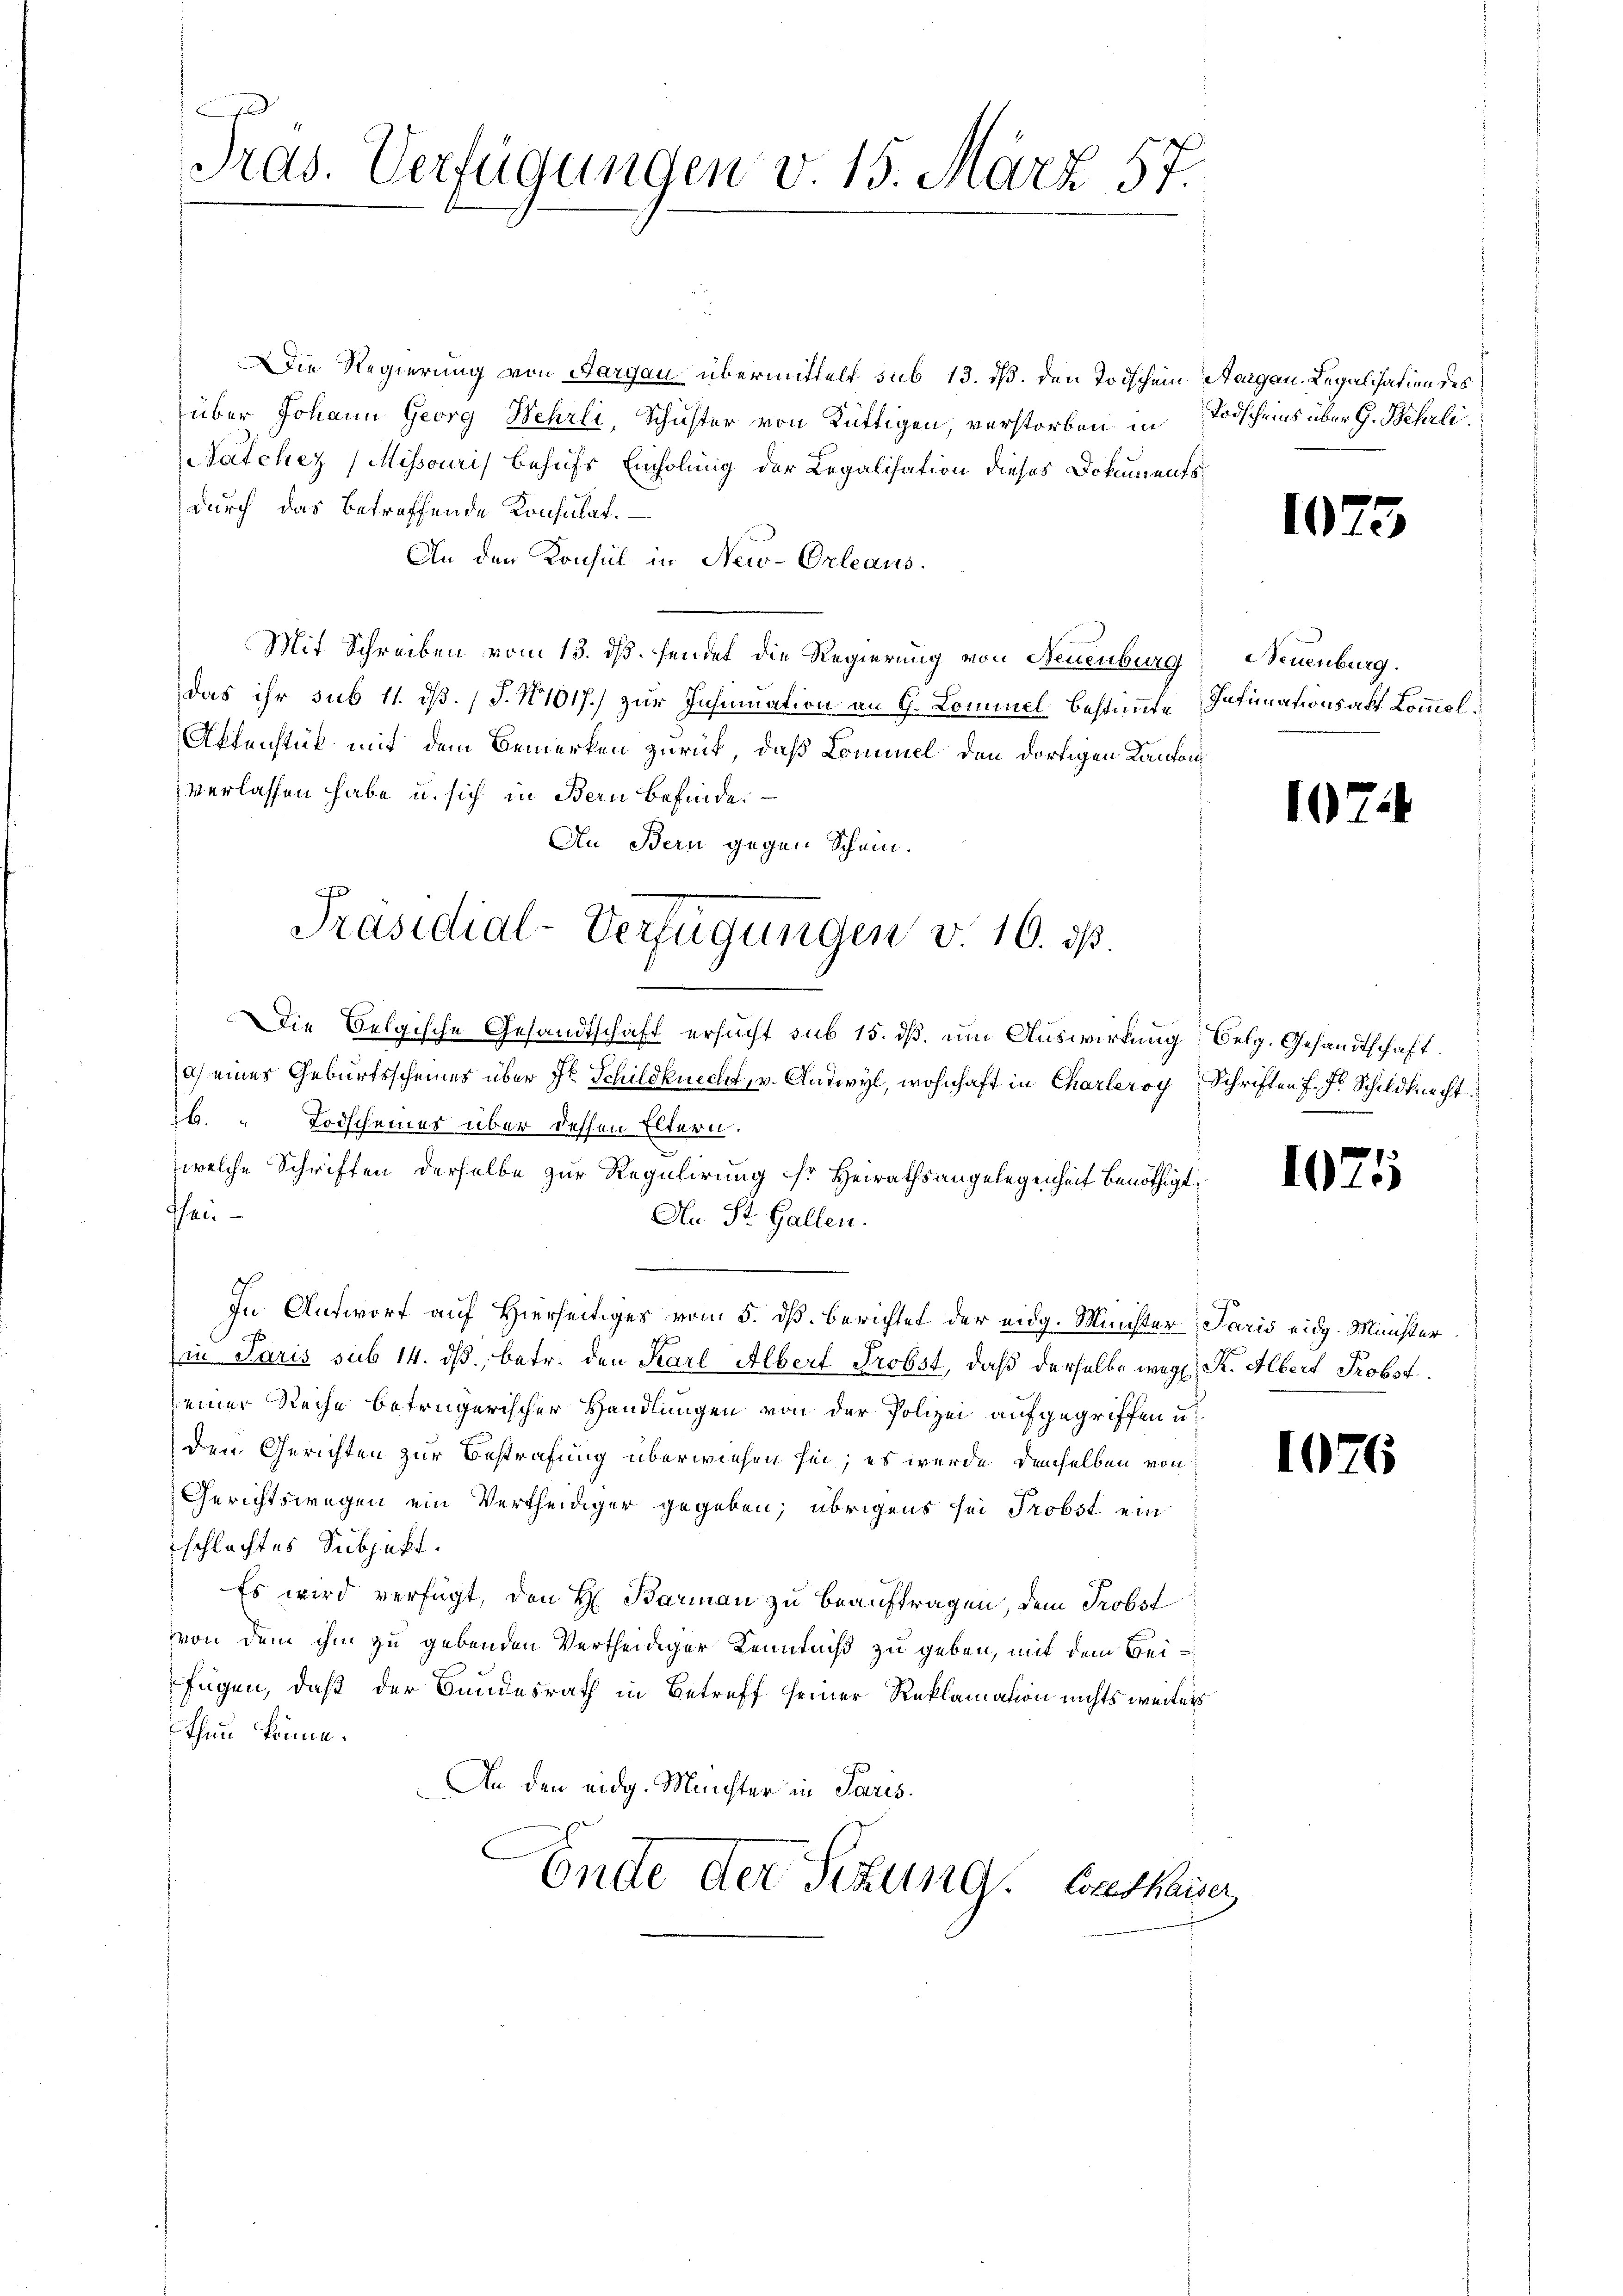
Tras. Verfügungen v. 15. März 57.

Die Regierung von Aargau übermittelt sub 13. ds. den Todschein Aargau. Legalisation des
über Johann Georg Wehrli, Schuster von Rüttigen, verstorben in Todscheins über G. Behrli
Natcher (Mihsouris behufs Einholung der Legalisation dieses Dokuments
durch das betreffende Konsulat.
An den Konsul in New-Orleaus¬
Mit Schreiben vom 13. ds. sendet die Regierung von Neuenburg
das ihr sub 11. dß. (T. N 1017.) zur Inhimation an G. Cominel bestimmte Intimationsakt Commol¬
Affenstät mit dem Bemerken zurück, daß Commel den dortigen Kantons
verlassen habe u. sich in Bern befinde.
An Bern gegen Schein.
Die Belgische Gesandtschaft ersucht sub 15. dß, um Auswirkung belg. Gesandtschaft
a) eines Geburtsscheines über Fr. Schildknecht, v. Cadwyl, wohnhaft in Charleroy Schriften f. Dr. Schuldknecht
6. " Todscheines über dessen Eltern.
welche Schriften derselbe zur Regulirung dr Heirathsangelegenheit benöthigt,
fhei
An St. Gallen.
In Antwort auf Hierseitiges vom 5. dß. berichtet der eidg. Münster Paris eidg. Münster
in Paris sub 14. dβ, betr. den Karl Albert Probst, daß derselbe weg. R. Albert Probst
einer Reihe betrügerischer Handlungen von der Polizei aufgegriffen u.
den Gerichten zur Bestrafung überwiesen sei; es werde demselben von
Gerichtswegen ein Vertheidiger gegeben; übrigens sei Probst ein
schlachtes Subjekt.
Es wird verfügt, den H. Barman zu beauftragen, dem Probst
von dem ihm zu gebenden Vertheidiger Kenntniß zu geben, mit dem Beifügen, daß der Bundesrath in Betreff seiner Reklamation nichts weiters
thun könne.
An den eidg. Münchter in Paris.
Ende der Sitzung. Anerkau

Präsidial-Verfügungen v. 16. ds.

Neuenburg.

1073

107

1075

1076